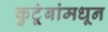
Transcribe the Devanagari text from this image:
कुटूंबांमधून